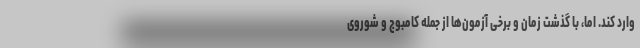
وارد کند. اما، با گذشت زمان و برخی آزمون‌ها از جمله کامبوج و شوروی